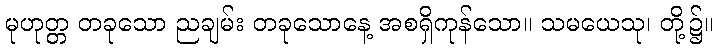
မုဟုတ္တ တခုသော ညချမ်း တခုသောနေ့ အစရှိကုန်သော။ သမယေသု၊ တို့၌။